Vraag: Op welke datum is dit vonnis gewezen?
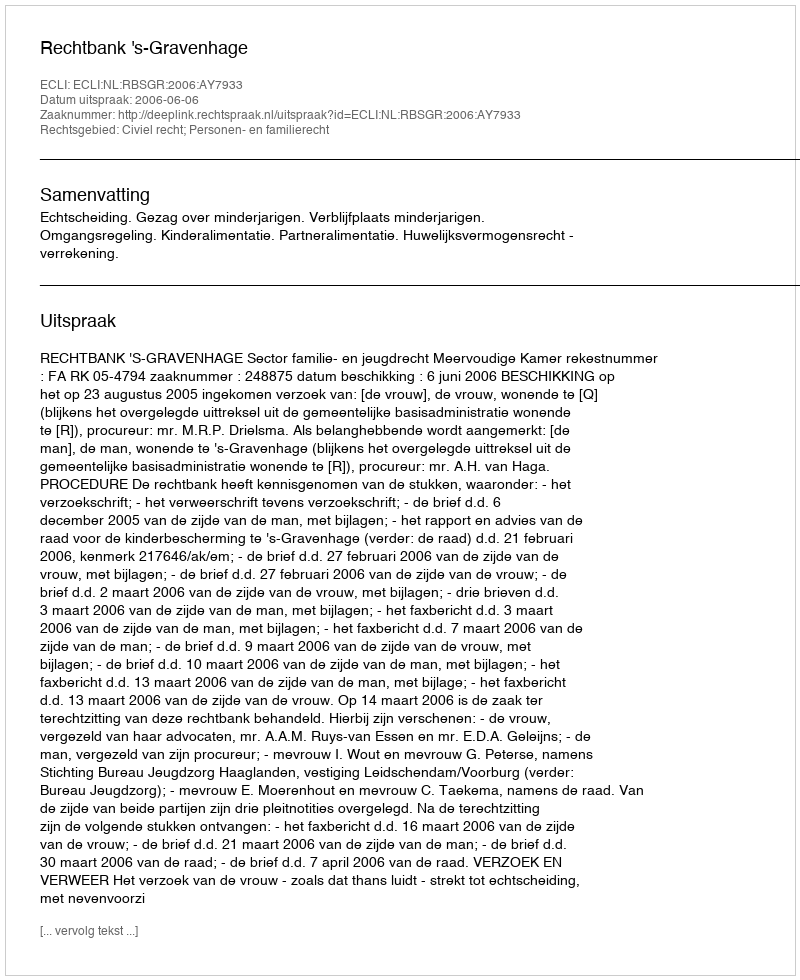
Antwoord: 2006-06-06